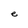
Character: e